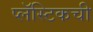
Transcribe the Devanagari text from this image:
प्लॅस्टिकची